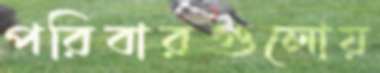
পরিবারগুলোয়